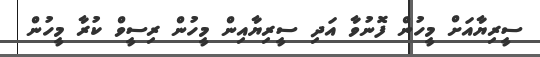
ސީރިޔާއަށް މީހުން ފޮނުވާ އަދި ސީރިޔާއިން މީހުން ރިސީވް ކުރާ މީހުން